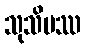
သုသိမဿ